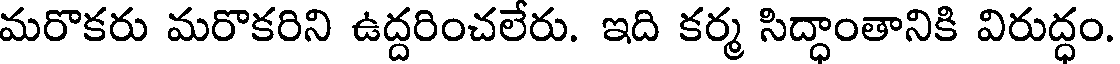
మరొకరు మరొకరిని ఉద్దరించలేరు. ఇది కర్మ సిద్ధాంతానికి విరుద్ధం.